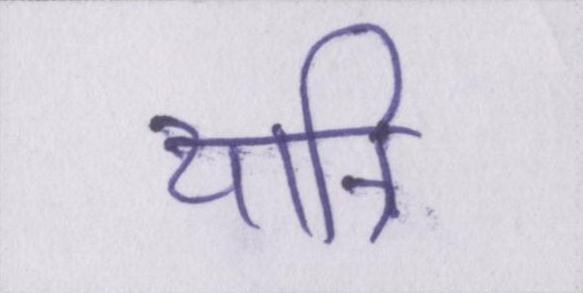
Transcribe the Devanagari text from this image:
यात्रि